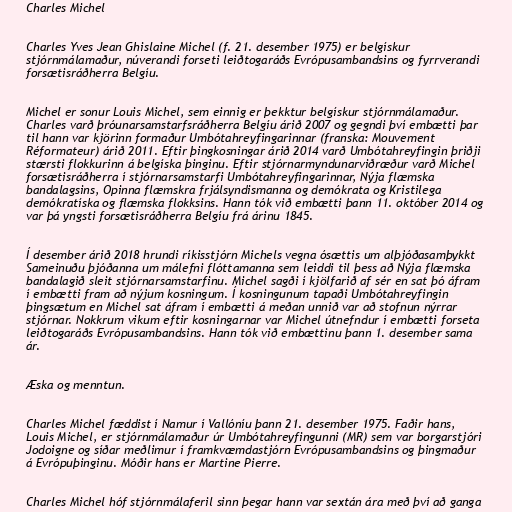
Charles Michel

Charles Yves Jean Ghislaine Michel (f. 21. desember 1975) er belgískur
stjórnmálamaður, núverandi forseti leiðtogaráðs Evrópusambandsins og fyrrverandi
forsætisráðherra Belgíu.

Michel er sonur Louis Michel, sem einnig er þekktur belgískur stjórnmálamaður.
Charles varð þróunarsamstarfsráðherra Belgíu árið 2007 og gegndi því embætti þar
til hann var kjörinn formaður Umbótahreyfingarinnar (franska: Mouvement
Réformateur) árið 2011. Eftir þingkosningar árið 2014 varð Umbótahreyfingin þriðji
stærsti flokkurinn á belgíska þinginu. Eftir stjórnarmyndunarviðræður varð Michel
forsætisráðherra í stjórnarsamstarfi Umbótahreyfingarinnar, Nýja flæmska
bandalagsins, Opinna flæmskra frjálsyndismanna og demókrata og Kristilega
demókratíska og flæmska flokksins. Hann tók við embætti þann 11. október 2014 og
var þá yngsti forsætisráðherra Belgíu frá árinu 1845.

Í desember árið 2018 hrundi ríkisstjórn Michels vegna ósættis um alþjóðasamþykkt
Sameinuðu þjóðanna um málefni flóttamanna sem leiddi til þess að Nýja flæmska
bandalagið sleit stjórnarsamstarfinu. Michel sagði í kjölfarið af sér en sat þó áfram
í embætti fram að nýjum kosningum. Í kosningunum tapaði Umbótahreyfingin
þingsætum en Michel sat áfram í embætti á meðan unnið var að stofnun nýrrar
stjórnar. Nokkrum vikum eftir kosningarnar var Michel útnefndur í embætti forseta
leiðtogaráðs Evrópusambandsins. Hann tók við embættinu þann 1. desember sama
ár.

Æska og menntun.

Charles Michel fæddist í Namur í Vallóníu þann 21. desember 1975. Faðir hans,
Louis Michel, er stjórnmálamaður úr Umbótahreyfingunni (MR) sem var borgarstjóri
Jodoigne og síðar meðlimur í framkvæmdastjórn Evrópusambandsins og þingmaður
á Evrópuþinginu. Móðir hans er Martine Pierre.

Charles Michel hóf stjórnmálaferil sinn þegar hann var sextán ára með því að ganga